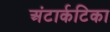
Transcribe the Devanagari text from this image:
अंटार्कटिका